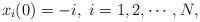
LaTeX: \begin{align*}x_i(0)=-i,~i=1,2,\cdots,N,\end{align*}